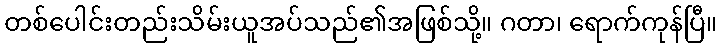
တစ်ပေါင်းတည်းသိမ်းယူအပ်သည်၏အဖြစ်သို့။ ဂတာ၊ ရောက်ကုန်ပြီ။